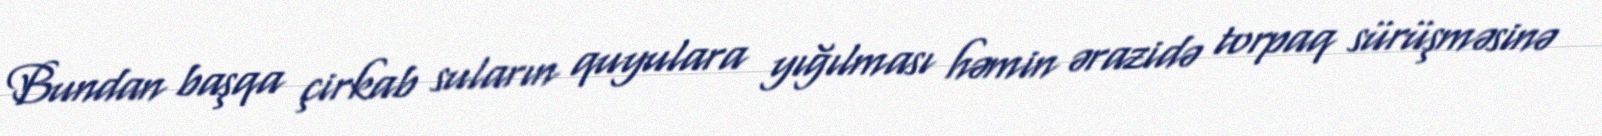
Bundan başqa çirkab suların quyulara yığılması həmin ərazidə torpaq sürüşməsinə